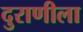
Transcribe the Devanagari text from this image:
दुराणीला